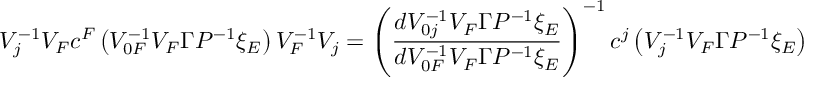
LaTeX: V _ { j } ^ { - 1 } V _ { F } c ^ { F } \left( V _ { 0 F } ^ { - 1 } V _ { F } \Gamma { \cal P } ^ { - 1 } \xi _ { E } \right) V _ { F } ^ { - 1 } V _ { j } = \left( \frac { d V _ { 0 j } ^ { - 1 } V _ { F } \Gamma { \cal P } ^ { - 1 } \xi _ { E } } { d V _ { 0 F } ^ { - 1 } V _ { F } \Gamma { \cal P } ^ { - 1 } \xi _ { E } } \right) ^ { - 1 } c ^ { j } \left( V _ { j } ^ { - 1 } V _ { F } \Gamma { \cal P } ^ { - 1 } \xi _ { E } \right) \ .